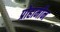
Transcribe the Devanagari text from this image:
प्रोहार्मोन